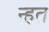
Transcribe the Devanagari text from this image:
न्हत